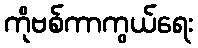
ကိုဗစ်ကာကွယ်ရေး